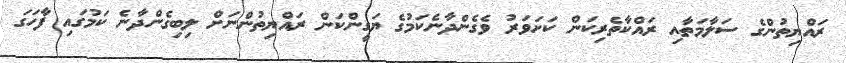
ރައްޔިތުންގެ ސަލާމަތާއި ރައްކާތެރިކަން ކަށަވަރު ވެގެންދާނެކަމުގެ ޔަގީންކަން ރައްޔިތުންނަށް ލިބިގެންދާނެ ކަމުގައި ފާހަގަ